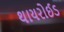
થાયરોઈડ